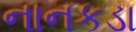
નાનકડા